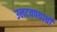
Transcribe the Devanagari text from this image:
उलटवण्याची